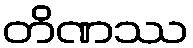
တိဏဿ